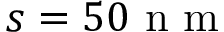
s = 5 0 \textrm { n m }